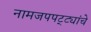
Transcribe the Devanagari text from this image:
नामजपपट्ट्यांचे